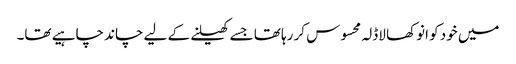
میں خود کو انوکھا لاڈلہ محسوس کر رہا تھا جسے کھیلنے کے لیے چاند چاہیے تھا۔